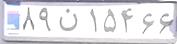
۸۹ن۱۵۴۶۶